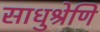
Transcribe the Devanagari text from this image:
साधुश्रेणि